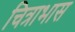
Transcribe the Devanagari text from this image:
चित्राभास